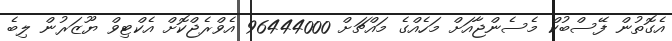
އެގޮތުން ފޭސްބުކް މެސެންޖާއަށް މަހެއްގެ މައްޗަށް 96444000 އެވްރެޖްކޮށް އެކްޓިވް ޔޫޒަރުން ލިބެ